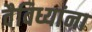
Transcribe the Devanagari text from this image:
वैविध्यांना